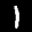
Label: 1